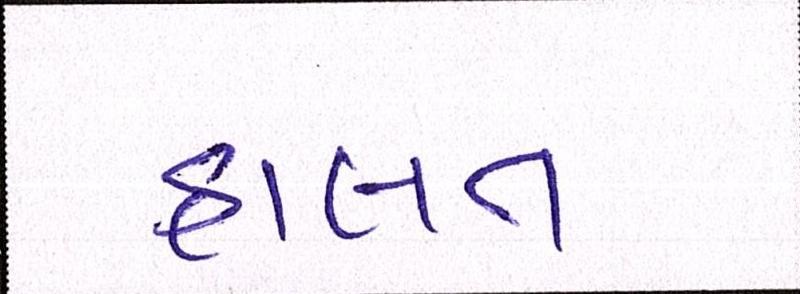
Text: હાલત